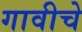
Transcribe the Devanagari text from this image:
गावीचे